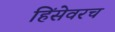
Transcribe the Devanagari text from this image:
हिंसेवरच